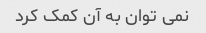
نمی توان به آن کمک کرد